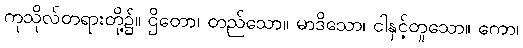
ကုသိုလ်တရားတို့၌။ ဌိတော၊ တည်သော။ မာဒိသော၊ ငါနှင့်တူသော။ ကော၊